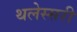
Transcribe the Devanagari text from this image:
थलेस्सरी